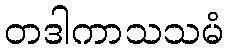
တဒါကာသသမံ